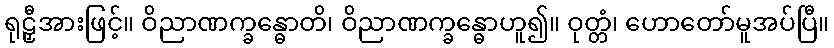
ရုဠှီအားဖြင့်။ ဝိညာဏက္ခန္ဓောတိ၊ ဝိညာဏက္ခန္ဓောဟူ၍။ ဝုတ္တံ၊ ဟောတော်မူအပ်ပြီ။